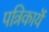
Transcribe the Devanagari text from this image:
पत्रिकायॆं